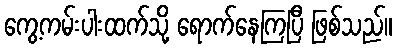
ကွေ့ကမ်းပါးထက်သို့ ရောက်နေကြပြီ ဖြစ်သည်။